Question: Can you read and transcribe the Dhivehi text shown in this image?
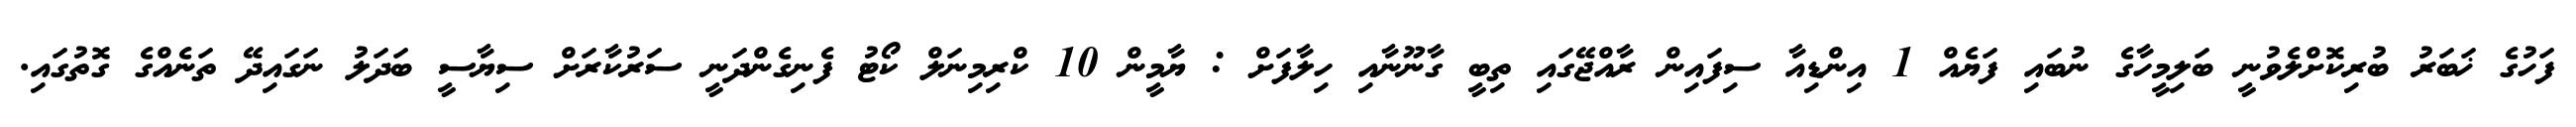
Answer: ފަހުގެ ޚަބަރު ބުރިކޮށްލެވުނީ ބަލިމީހާގެ ނުބައި ފަޔެއް 1 އިންޑިއާ ސިފައިން ރާއްޖޭގައި ތިބީ ގާނޫނާއި ހިލާފަށް : ޔާމީން 10 ކްރިމިނަލް ކޯޓު ފެނިގެންދަނީ ސަރުކާރަށް ސިޔާސީ ބަދަލު ނަގައިދޭ ތަނެއްގެ ގޮތުގައި.